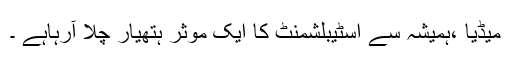
میڈیا ،ہمیشہ سے اسٹیبلشمنٹ کا ایک موثر ہتھیار چلا آرہاہے ۔